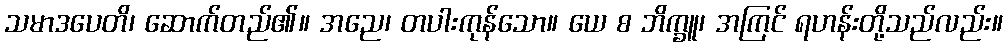
သမာဒပေတိ၊ ဆောက်တည်၏။ အညေ၊ တပါးကုန်သော။ ယေ စ ဘိက္ခူ၊ အကြင် ရဟန်းတို့သည်လည်း။